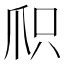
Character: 𬋦